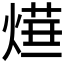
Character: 𤍞